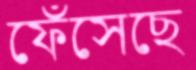
ফেঁসেছে